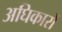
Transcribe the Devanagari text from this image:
अघिकारों